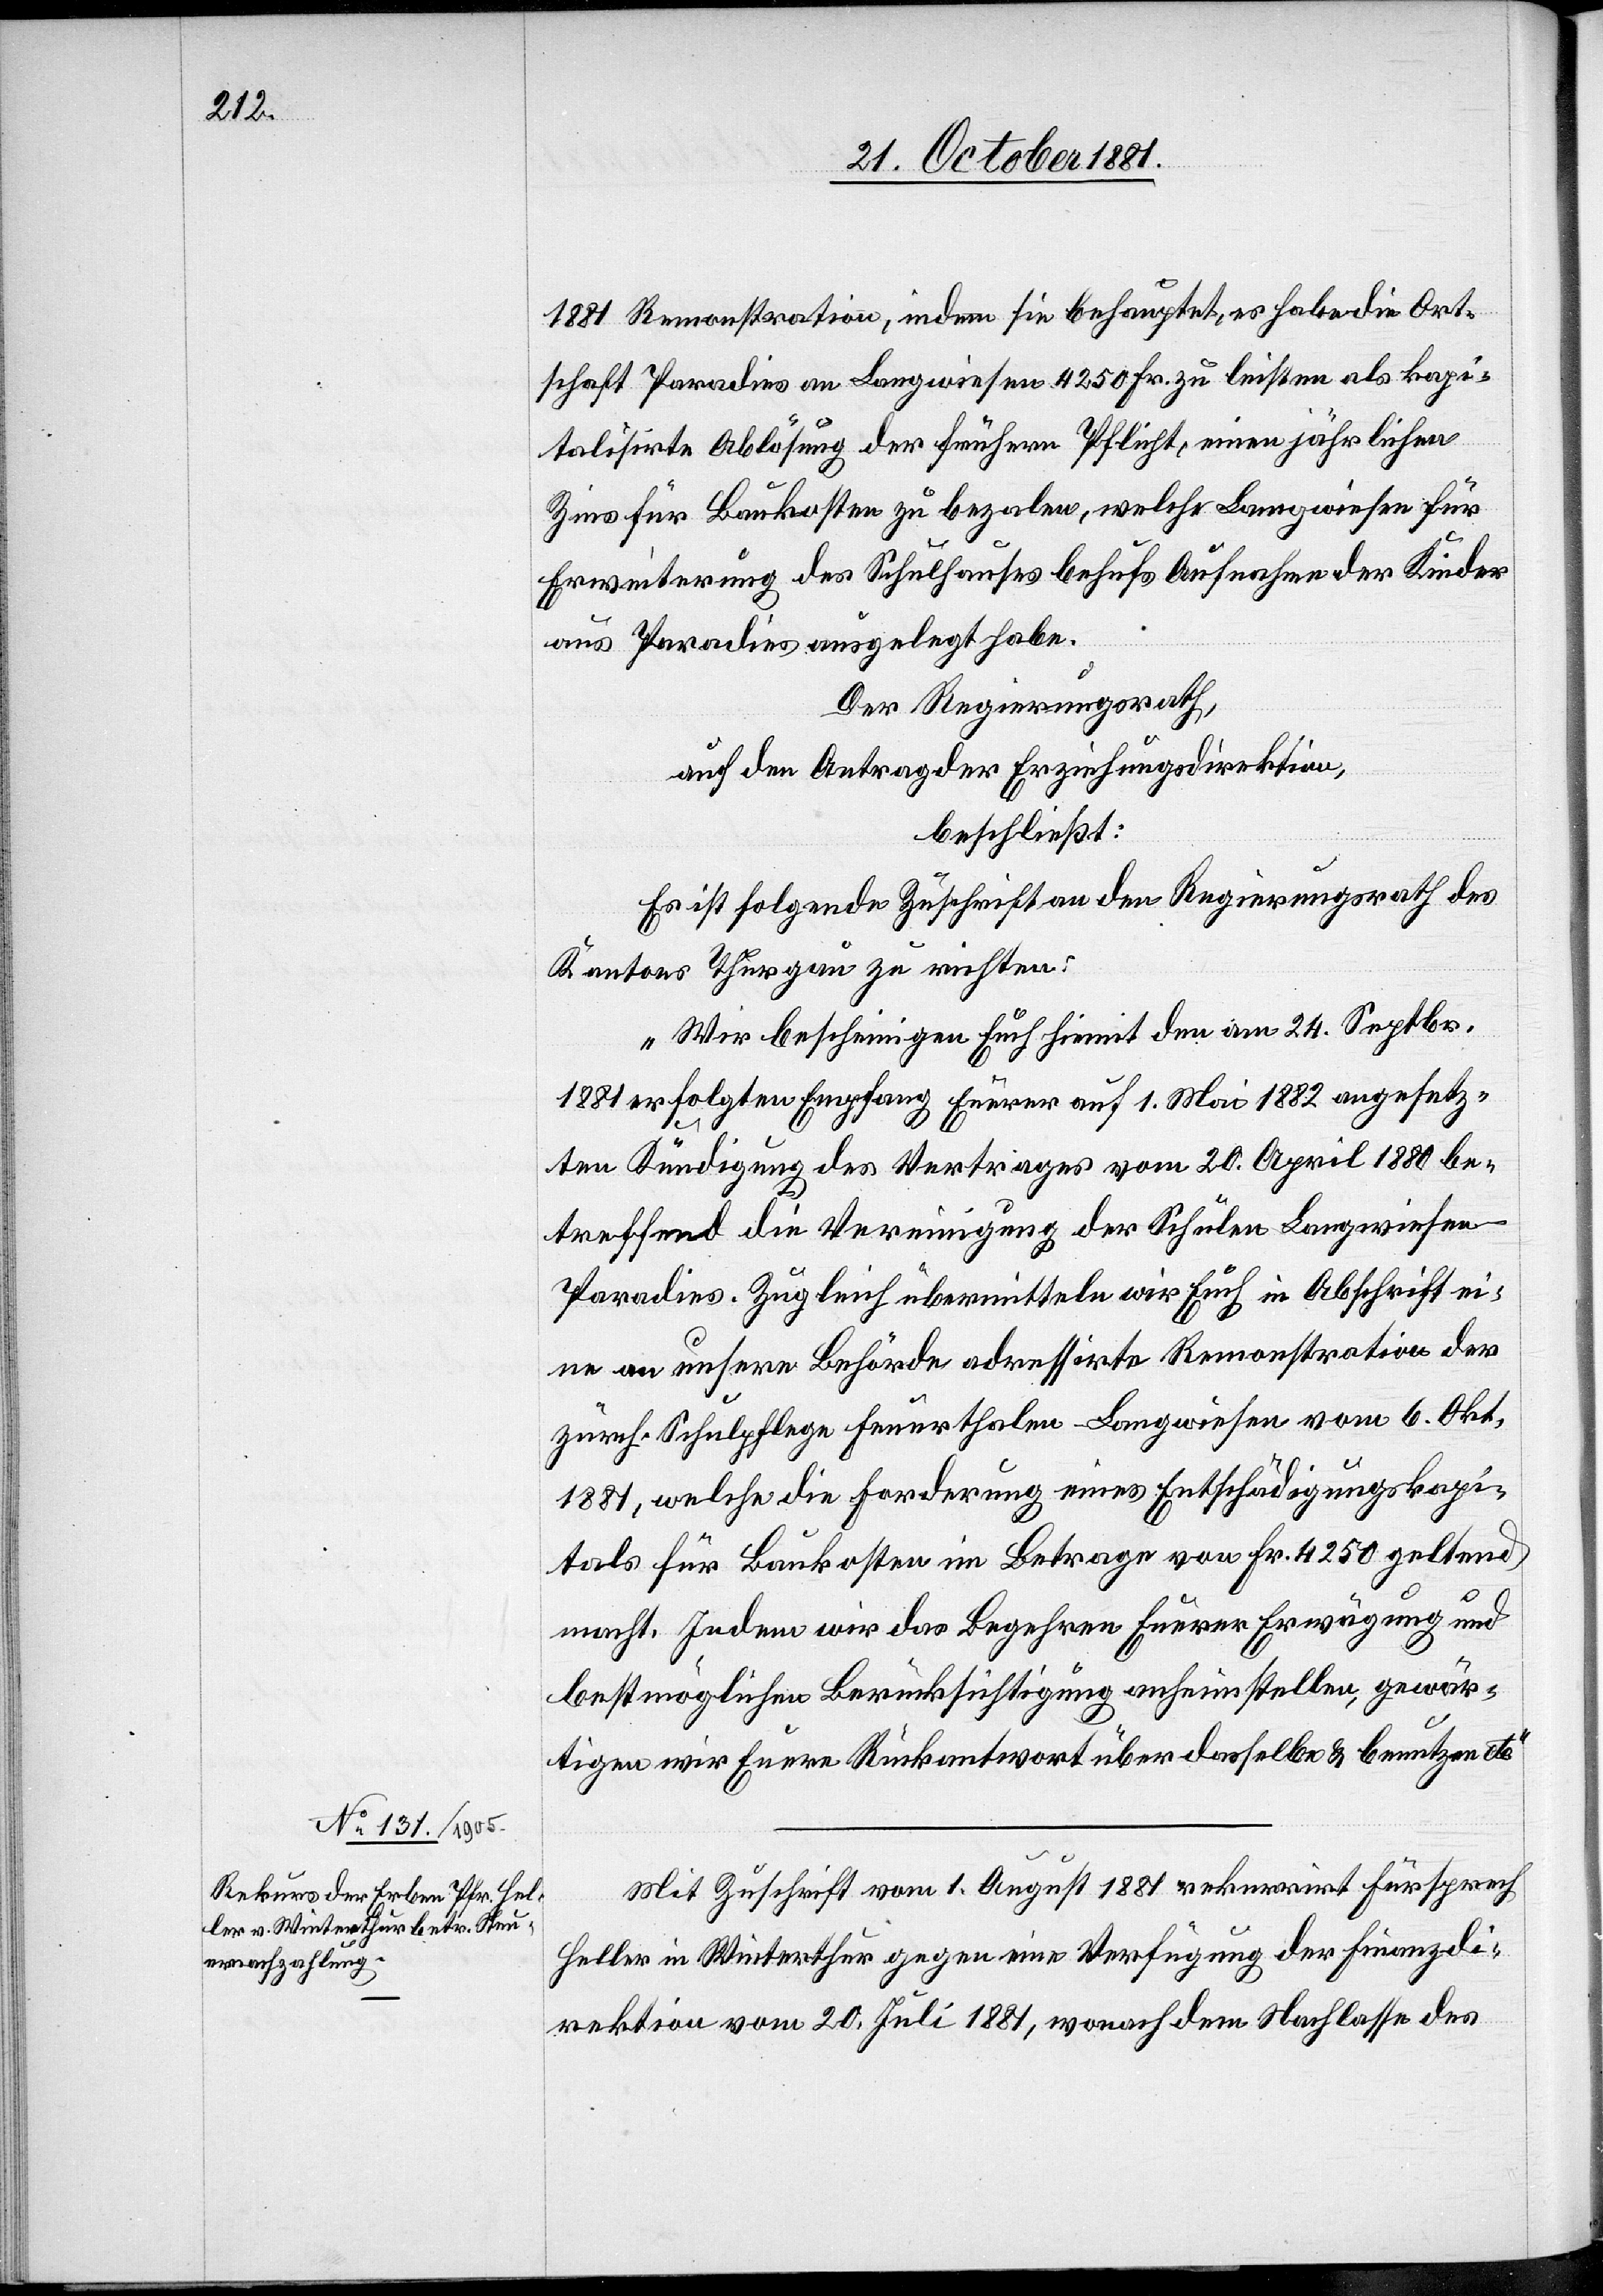
1881 Remonstration, indem sie behauptet, es habe die Ort¬
schaft Paradies an Langwiesen 4250 Fr. zu leisten als kapi¬
talisirte Ablösung der frühern Pflicht, einen jährlichen
Zins für Baukosten zu bezalen, welche Langwiesen für
Erweiterung des Schulhauses behufs Aufnahme der Kinder
aus Paradies ausgelegt habe.
Der Regierungsrath,
auf den Antrag der Erziehungsdirektion,
beschließt:
Es ist folgende Zuschrift an den Regierungsrath des
Kantons Thurgau zu richten:
„Wir bescheinigen Euch hiemit den am 24. Septbr.
1881 erfolgten Empfang Euerer auf 1. Mai 1882 angesetz¬
ten Kündigung des Vertrages vom 20. April 1880 be¬
treffend die Vereinigung der Schulen Langwiesen-P¬
aradies. Zugleich übermitteln wir Euch in Abschrift ei¬
ne an unsere Behörde adressirte Remonstration der
zürch. Schulpflege Feuerthalen-Langwiesen vom 6. Okt.
1881, welche die Forderung eines Entschädigungskapi¬
tals für Baukosten im Betrage von Fr. 4250 geltend
macht. Indem wir das Begehren Euerer Erwägung und
bestmöglichen Berücksichtigung anheimstellen, gewär¬
tigen wir Euere Rückantwort über dasselbe & benützen etc.“
Mit Zuschrift vom 1. August 1881 rekurrirt Fürsprech
Heller in Winterthur gegen eine Verfügung der Finanzdi¬
rektion vom 20. Juli 1881, wonach dem Nachlasse des